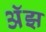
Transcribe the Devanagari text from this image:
अॅझ